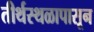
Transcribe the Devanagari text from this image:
तीर्थस्थळापासून